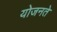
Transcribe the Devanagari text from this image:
योजनते